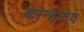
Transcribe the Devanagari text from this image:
कान्हादेव